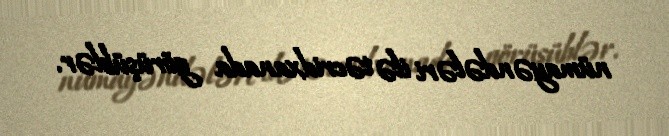
nümayəndələri ilə təcridxanada görüşüblər.